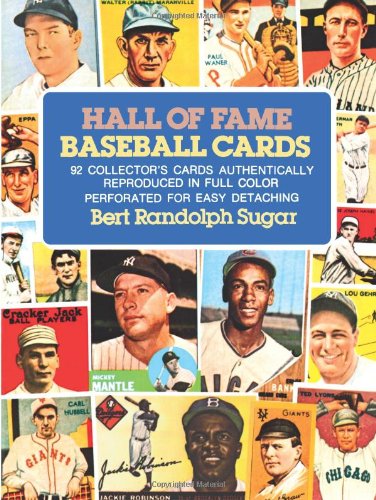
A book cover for Hall of Fame Baseball Cards; Bert Randolph Sugar; Crafts, Hobbies & Home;